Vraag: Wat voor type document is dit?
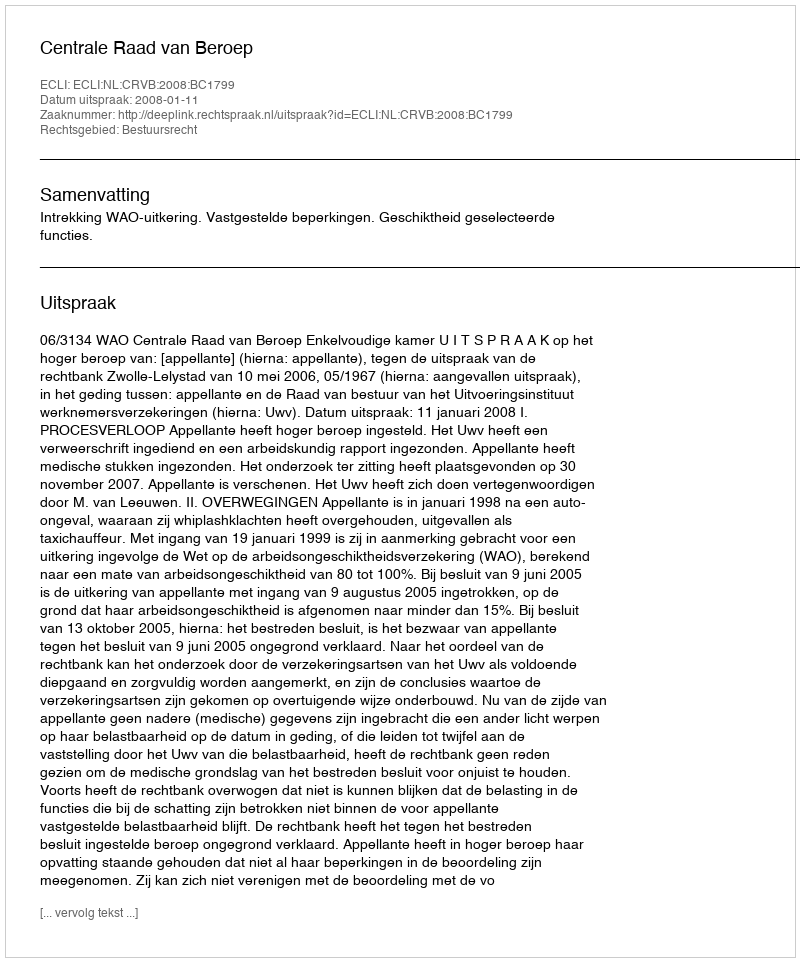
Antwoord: Uitspraak